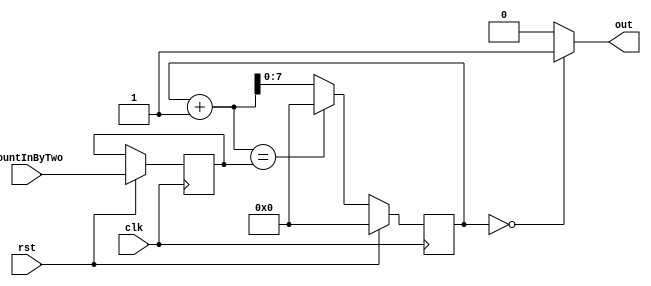
module pulse_gen#(
    parameter BIN_SIZE = 8
)(
    input wire rst,
    input wire clk,
    input wire [7:0] countInByTwo, //        
    output wire out
);

    reg [BIN_SIZE - 1:0] num; //  -  
    reg [BIN_SIZE - 1:0] countByTwo;
    assign out = (num == 0) ? 1 : 0;

    always @(posedge clk) begin
        if(rst) begin
            countByTwo <= countInByTwo;
            num <= 0;
        end
        else begin
            if(num + 1 == countByTwo) begin
                num <= 0;
            end
            else
                num <= num + 1;
        end


    end

endmodule